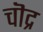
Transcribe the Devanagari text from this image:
चॊद्र